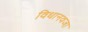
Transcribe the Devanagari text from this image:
विधानवजा